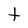
Character: t